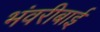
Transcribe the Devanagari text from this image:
भंवरीबाई